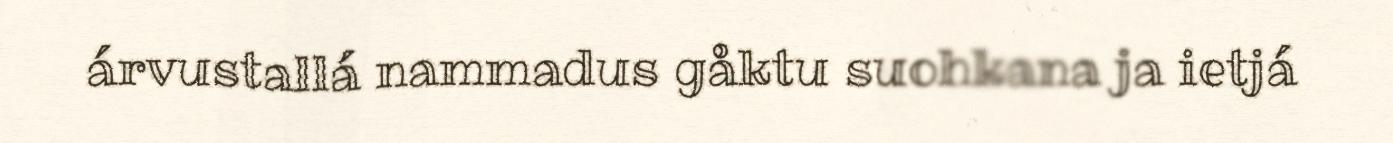
árvustallá nammadus gåktu suohkana ja ietjá